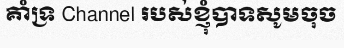
គាំទ្រ Channel របស់ខ្ញុំបាទសូមចុច